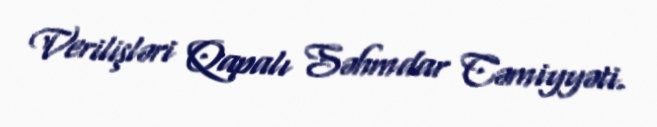
Verilişləri Qapalı Səhmdar Cəmiyyəti.